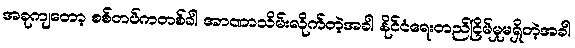
အခုကျတော့ စစ်တပ်ကတစ်ခါ အာဏာသိမ်းလိုက်တဲ့အခါ နိုင်ငံရေးတည်ငြိမ်မှုမရှိတဲ့အခါ